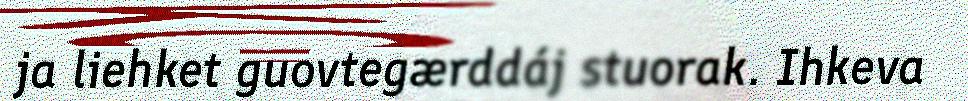
ja liehket guovtegærddáj stuorak. Ihkeva